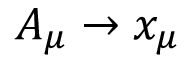
A _ { \mu } \to x _ { \mu }